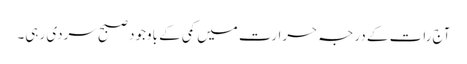
آج رات کے درجہ حرارت میں کمی کے باوجود صبح سردی رہی۔